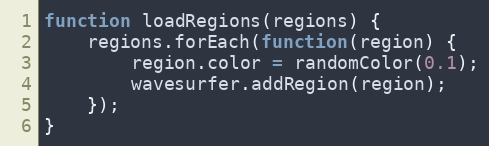
Language: JavaScript
function loadRegions(regions) {
    regions.forEach(function(region) {
        region.color = randomColor(0.1);
        wavesurfer.addRegion(region);
    });
}